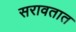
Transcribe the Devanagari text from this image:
सरावतात